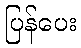
ပြန်ပေး